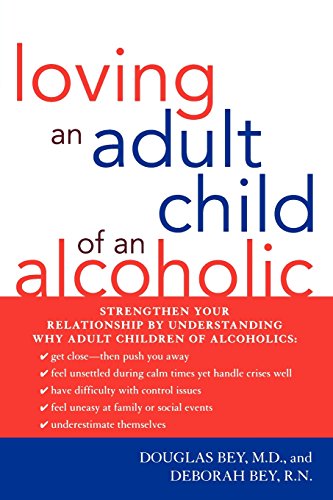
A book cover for Loving an Adult Child of an Alcoholic; Douglas Bey; Health, Fitness & Dieting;